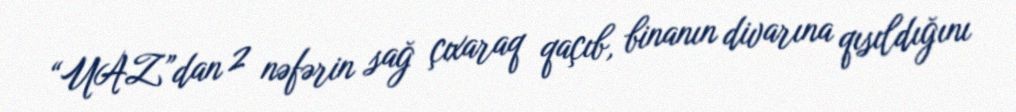
“UAZ”dan 2 nəfərin sağ çıxaraq qaçıb, binanın divarına qısıldığını